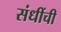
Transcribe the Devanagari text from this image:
संधींची